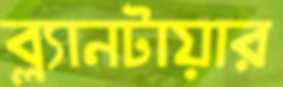
ব্ল্যানটায়ার